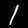
Label: 1